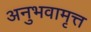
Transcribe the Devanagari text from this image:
अनुभवामृत्त